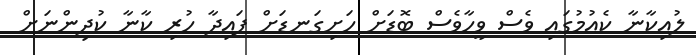
ލުއިކާނާ ކެއުމުގައި ވެސް ވީހާވެސް ބޮޑަށް ހަށިގަނޑަށް ފައިދާ ހުރި ކާނާ ކުދިންނަށް